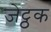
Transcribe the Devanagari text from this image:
जेट्ठक